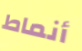
أنماط